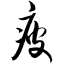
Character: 疲